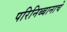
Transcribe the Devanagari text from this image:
परिनिब्बानाचे